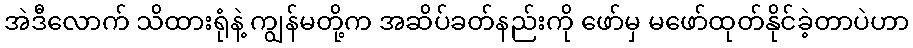
အဲဒီလောက် သိထားရုံနဲ့ ကျွန်မတို့က အဆိပ်ခတ်နည်းကို ဖော်မှ မဖော်ထုတ်နိုင်ခဲ့တာပဲဟာ